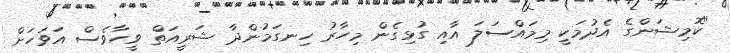
"ކޮމިޝަންގެ އެދުމަކީ މިމައްސަލަ އާއި ގުޅިގެން މިހާރު ހިނގަމުންދާ ޝަރީއަތް ވީހާވެސް އަވަހަށް